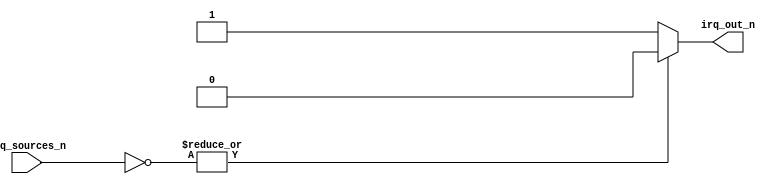
module irq_aggregator #(parameter WIDTH=7)
(
	input  [WIDTH-1:0] irq_sources_n,
	output             irq_out_n
);

assign irq_out_n = |(~irq_sources_n) ? 1'b0 : 1'b1;

endmodule